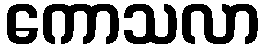
ကောသလာ